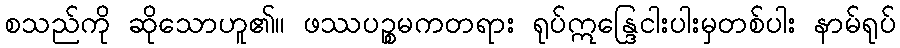
စသည်ကို ဆိုသောဟူ၏။ ဖဿပဉ္စမကတရား ရုပ်ဣန္ဒြေငါးပါးမှတစ်ပါး နာမ်ရုပ်